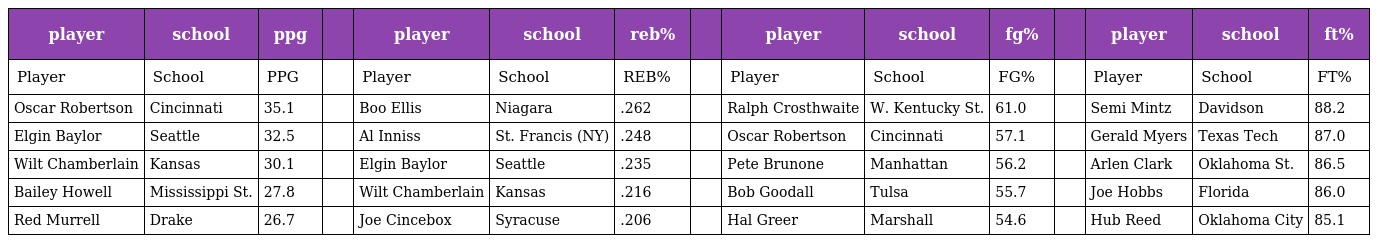
| player | school | ppg |  | player | school | reb% |  | player | school | fg% |  | player | school | ft% |
 | --- | --- | --- | --- | --- | --- | --- | --- | --- | --- | --- | --- | --- | --- | --- |
 | Player | School | PPG |  | Player | School | REB% |  | Player | School | FG% |  | Player | School | FT% |
 | Oscar Robertson | Cincinnati | 35.1 |  | Boo Ellis | Niagara | .262 |  | Ralph Crosthwaite | W. Kentucky St. | 61.0 |  | Semi Mintz | Davidson | 88.2 |
 | Elgin Baylor | Seattle | 32.5 |  | Al Inniss | St. Francis (NY) | .248 |  | Oscar Robertson | Cincinnati | 57.1 |  | Gerald Myers | Texas Tech | 87.0 |
 | Wilt Chamberlain | Kansas | 30.1 |  | Elgin Baylor | Seattle | .235 |  | Pete Brunone | Manhattan | 56.2 |  | Arlen Clark | Oklahoma St. | 86.5 |
 | Bailey Howell | Mississippi St. | 27.8 |  | Wilt Chamberlain | Kansas | .216 |  | Bob Goodall | Tulsa | 55.7 |  | Joe Hobbs | Florida | 86.0 |
 | Red Murrell | Drake | 26.7 |  | Joe Cincebox | Syracuse | .206 |  | Hal Greer | Marshall | 54.6 |  | Hub Reed | Oklahoma City | 85.1 |